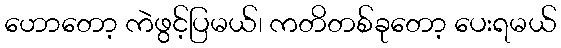
ဟောတော့ ကဲဖွင့်ပြမယ်၊ ကတိတစ်ခုတော့ ပေးရမယ်